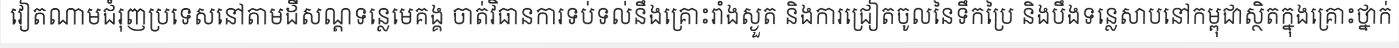
វៀតណាមជំរុញប្រទេសនៅតាមដីសណ្តទន្លេមេគង្គ ចាត់វិធានការទប់ទល់នឹងគ្រោះរាំងស្ងួត និងការជ្រៀតចូលនៃទឹកប្រៃ និងបឹងទន្លេសាបនៅកម្ពុជាស្ថិតក្នុងគ្រោះថ្នាក់